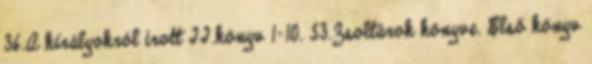
36.A királyokról írott II.könyv 1-10. 53.Zsoltárok könyve. Első könyv